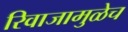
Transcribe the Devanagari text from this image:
रिवाजामुळेच